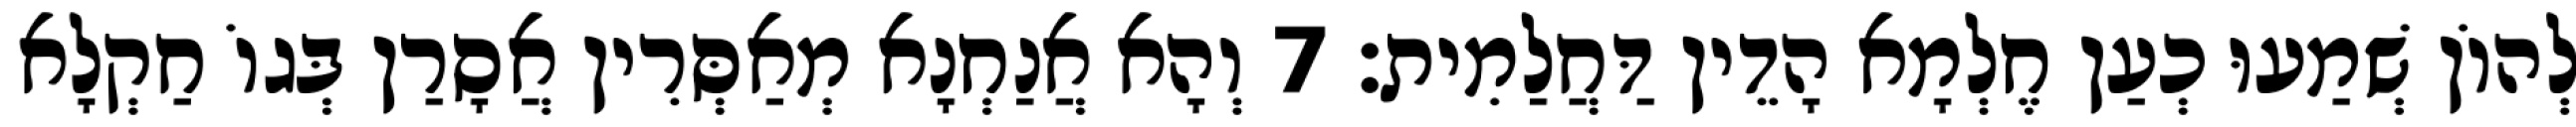
לְהוֹן שְׁמַעוּ כְעַן חֶלְמָא הָדֵין דַּחֲלַמִית׃ 7 וְהָא אֲנַחְנָא מְאַסְּרִין אֲסָרַן בְּגוֹ חַקְלָא